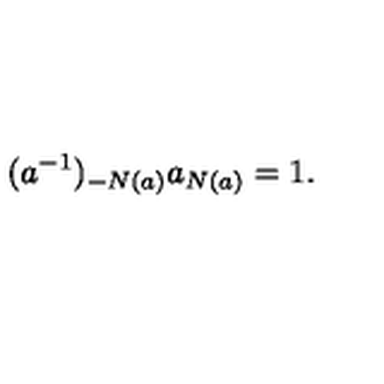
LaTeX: ( a ^ { - 1 } ) _ { - N ( a ) } a _ { N ( a ) } = 1 .